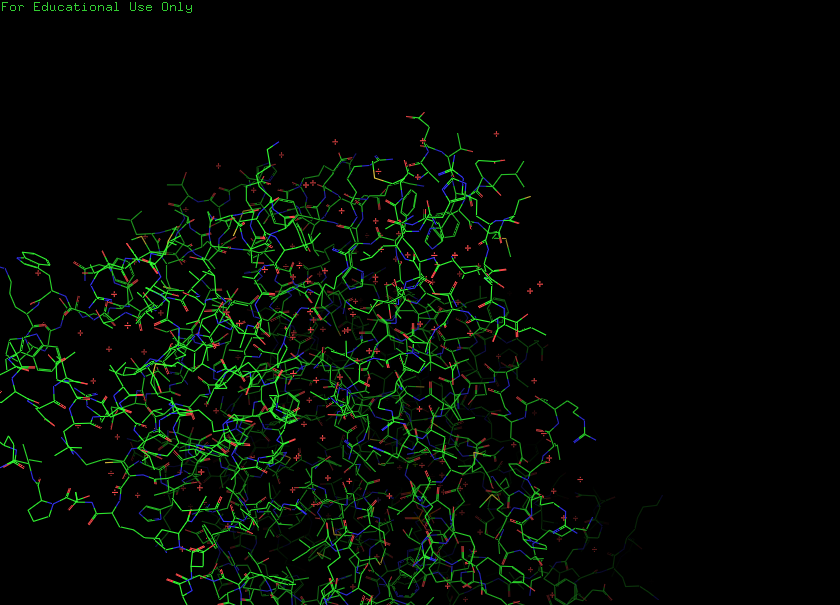
pymol, preset, default